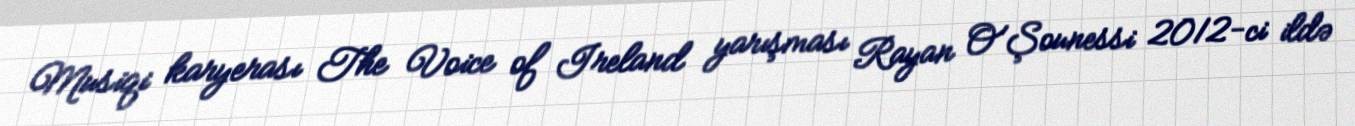
Musiqi karyerası The Voice of Ireland yarışması Rayan O'Şounessi 2012-ci ildə